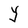
Character: Y